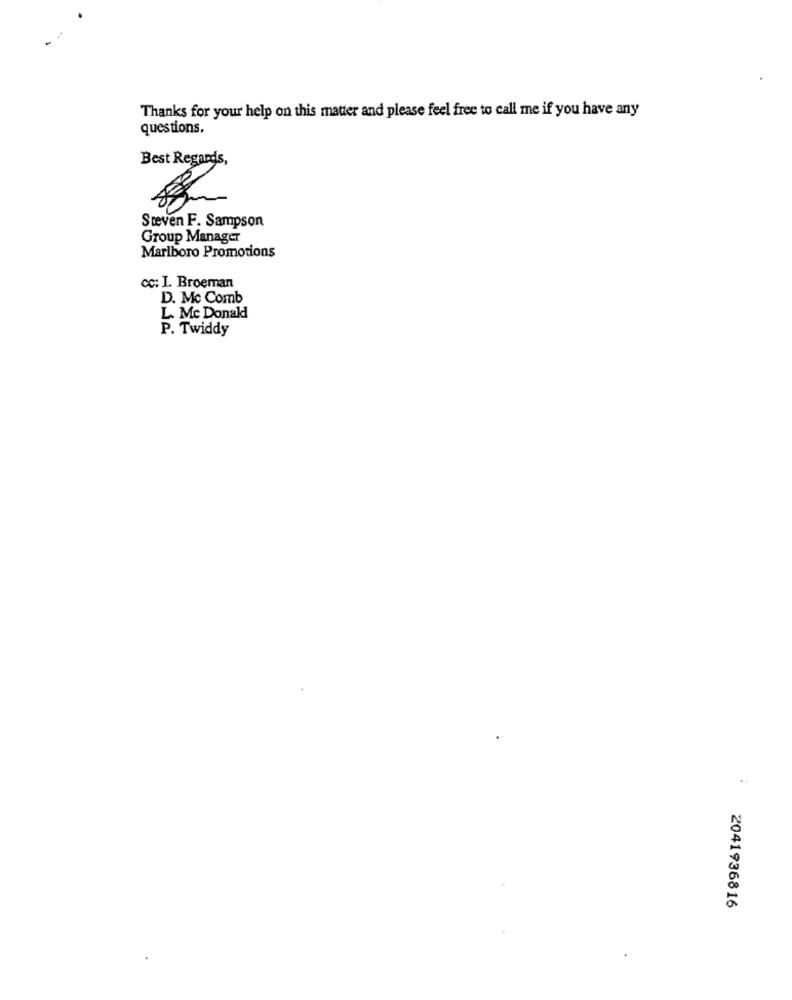
Thanks for your help on this matter and please feel free to call me if you have any
questions.
Best Regards,
Steven F. Sampson
Group Manager
Marlboro Promotions
cc: I. Broeman
D. Mc Comb
L. Mc Donald
P. Twiddy
2041936816